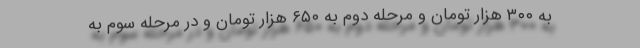
به ۳۰۰ هزار تومان و مرحله دوم به ۶۵۰ هزار تومان و در مرحله سوم به